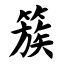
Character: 簇